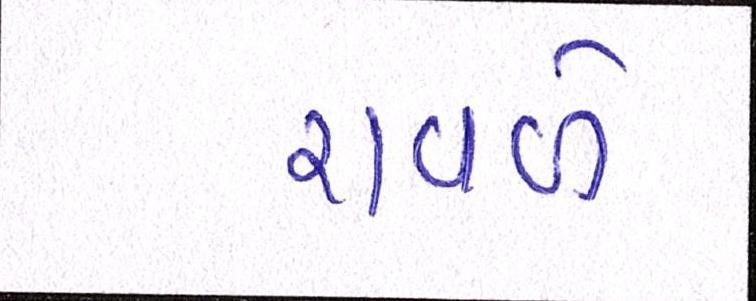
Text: રાવળે